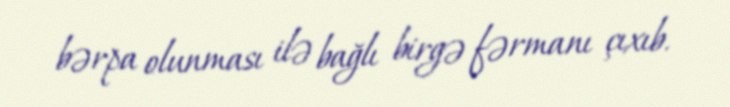
bərpa olunması ilə bağlı birgə fərmanı çıxıb.